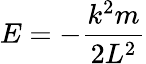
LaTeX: E=-{\frac{k^{2}m}{2L^{2}}}